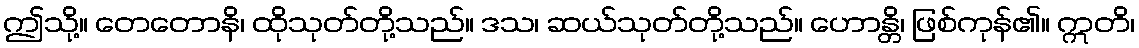
ဤသို့။ တေတောနိ၊ ထိုသုတ်တို့သည်။ ဒသ၊ ဆယ်သုတ်တို့သည်။ ဟောန္တိ၊ ဖြစ်ကုန်၏။ ဣတိ၊